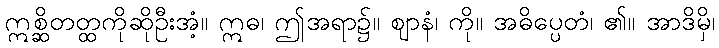
ဣစ္ဆိတတ္ထကိုဆိုဦးအံ့။ ဣဓ၊ ဤအရာ၌။ ဈာနံ၊ ကို။ အဓိပ္ပေတံ၊ ၏။ အာဒိမှိ၊